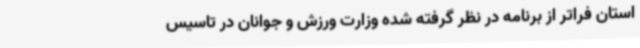
استان فراتر از برنامه در نظر گرفته شده وزارت ورزش و جوانان در تاسیس